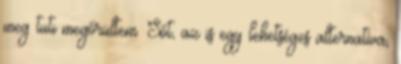
meg tuti megőrültem. Sőt, az is egy lehetséges alternatíva,